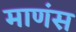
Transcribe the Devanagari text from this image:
माणंस